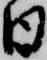
日